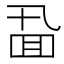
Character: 𪜖